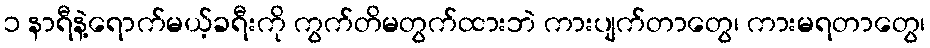
၁ နာရီနဲ့ရောက်မယ့်ခရီးကို ကွက်တိမတွက်ထားဘဲ ကားပျက်တာတွေ၊ ကားမရတာတွေ၊